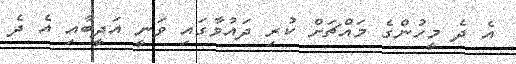
އެ ދެ މީހުންގެ މައްޗަށް ކުރި ދައުވާގައި ވަނީ އަދީބާއި އެ ދެ